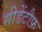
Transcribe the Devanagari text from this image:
सीडेंटौफ़